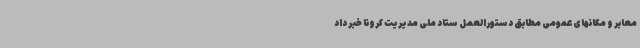
معابر و مکانهای عمومی مطابق دستورالعمل ستاد ملی مدیریت کرونا خبر داد